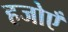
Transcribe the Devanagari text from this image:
हजोएँ